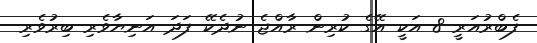
ފެބްރުއަރީ 8 އަކީ އޭގެ ކުރިން ރާއްޖެ ނުދެކޭ ފަދަ އަނިޔާވެރި ބިރުވެރި